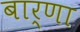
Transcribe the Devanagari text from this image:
बार्णा